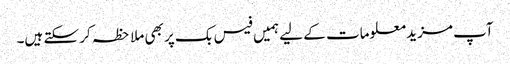
آپ مزید معلومات کے لیے ہمیں فیس بک پر بھی ملاحظہ کر سکتے ہیں۔